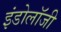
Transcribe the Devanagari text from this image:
इंडोलॉजी